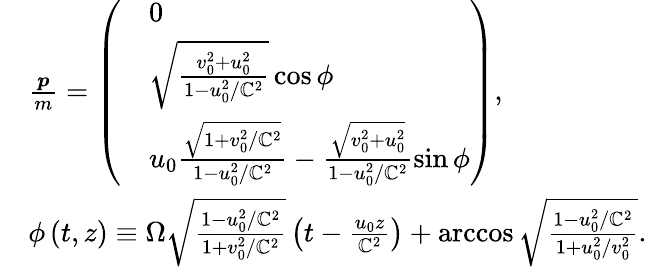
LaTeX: \begin{array}{rl}&{\frac{\boldsymbol{p}}{m}=\left(\begin{array}{rl}&{0}\\ &{\sqrt{\frac{v_{0}^{2}+u_{0}^{2}}{1-u_{0}^{2}/\mathbb{C}^{2}}}\cos\phi}\\ &{u_{0}\frac{\sqrt{1+v_{0}^{2}/\mathbb{C}^{2}}}{1-u_{0}^{2}/\mathbb{C}^{2}}-\frac{\sqrt{v_{0}^{2}+u_{0}^{2}}}{1-u_{0}^{2}/\mathbb{C}^{2}}\sin\phi}\end{array}\right),}\\ &{\phi\left(t,z\right)\equiv\Omega\sqrt{\frac{1-u_{0}^{2}/\mathbb{C}^{2}}{1+v_{0}^{2}/\mathbb{C}^{2}}}\left(t-\frac{u_{0}z}{\mathbb{C}^{2}}\right)+\operatorname{arccos}\sqrt{\frac{1-u_{0}^{2}/\mathbb{C}^{2}}{1+u_{0}^{2}/v_{0}^{2}}}.}\end{array}